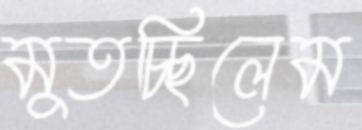
মুতচ্ছিলেম